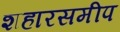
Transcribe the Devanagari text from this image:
शहारसमीप